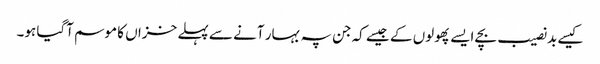
کیسے بد نصیب بچے ایسے پھولوں کے جیسے کہ جن پہ بہار آنے سے پہلے خزاں کا موسم آگیا ہو۔